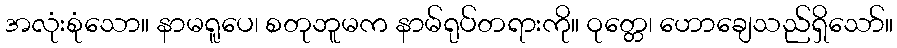
အလုံးစုံသော။ နာမရူပေ၊ စတုဘူမက နာမ်ရုပ်တရားကို။ ဝုတ္တေ၊ ဟောချေသည်ရှိသော်။